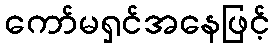
ကော်မရှင်အနေဖြင့်